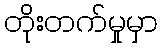
တိုးတက်မှုမှာ